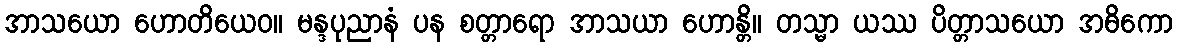
အာသယော ဟောတိယေဝ။ မန္ဒပုညာနံ ပန စတ္တာရော အာသယာ ဟောန္တိ။ တသ္မာ ယဿ ပိတ္တာသယော အဓိကော